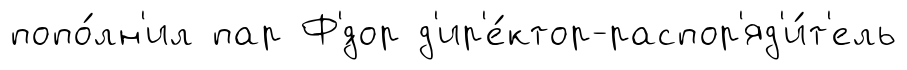
попо́лн'ил пар Ф'́дор д'ир'е́ктор-распор'яд'и́т'ель